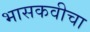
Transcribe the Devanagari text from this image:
भासकवीचा